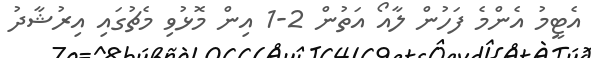
އެޓީމު އެންމެ ފަހުން ލާއޯ އަތުން 2-1 އިން މޮޅުވި މެޗުގައި އިރުޝާދު